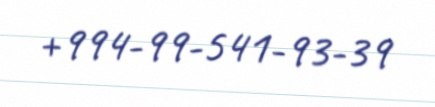
+994-99-541-93-39